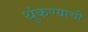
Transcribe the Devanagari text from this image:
थुंकण्याची